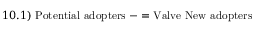
1 0 . 1 ) \ { \mathrm { P o t e n t i a l ~ a d o p t e r s } } \ - = { \mathrm { V a l v e ~ N e w ~ a d o p t e r s } }